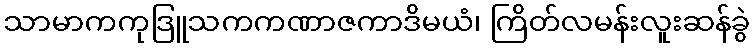
သာမာကကုဒြူသကကဏာဇကာဒိမယံ၊ ကြိတ်လမန်းလူးဆန်ခွဲ